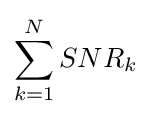
\sum _{k=1}^{N}SNR_{k}